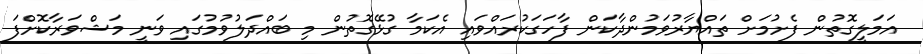
އަމަލީގޮތުން ފެށުމަށް ތައްޔާރުވަމުންދާކަން ފާހަގަކުރައްވައި އެކަމާ ގުޅޭގޮތުން މި ބައްދަލުވުމުގައި ވަނީ މަޝްވަރާކޮށްފަ